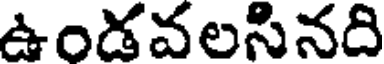
ఉండవలసినది